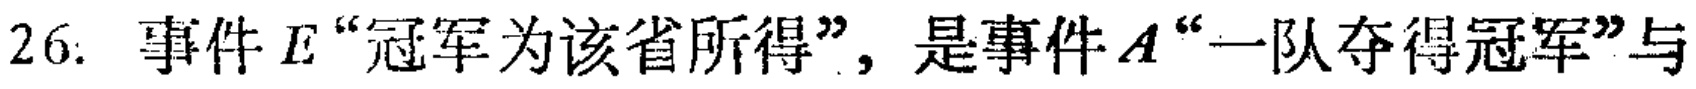
26. 事件\(E\)“冠军为该省所得”，是事件\(A\)“一队夺得冠军”与